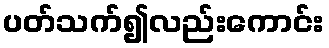
ပတ်သက်၍လည်းကောင်း